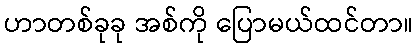
ဟာတစ်ခုခု အစ်ကို ပြောမယ်ထင်တာ။